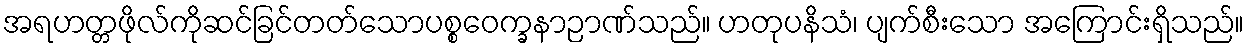
အရဟတ္တဖိုလ်ကိုဆင်ခြင်တတ်သောပစ္စဝေက္ခနာဉာဏ်သည်။ ဟတုပနိသံ၊ ပျက်စီးသော အကြောင်းရှိသည်။